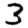
Digit: 3